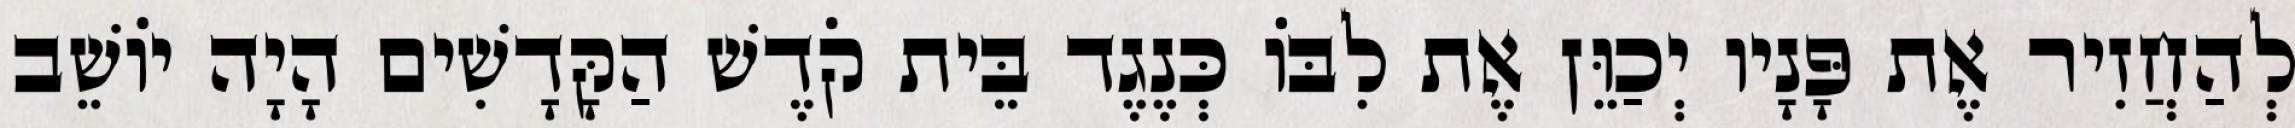
לְהַחֲזִיר אֶת פָּנָיו יְכַוֵּן אֶת לִבּוֹ כְּנֶגֶד בֵּית קֹדֶשׁ הַקָּדָשִׁים הָיָה יוֹשֵׁב